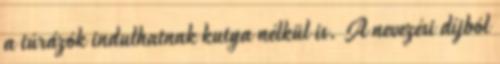
a túrázók indulhatnak kutya nélkül is. A nevezési díjból